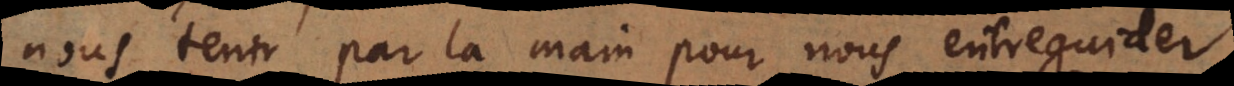
nous tenir par la main pour nous entreguider